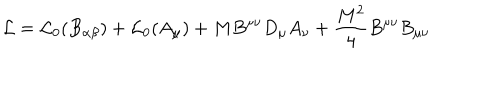
{ \cal L } = { \cal L } _ { 0 } ( B _ { \alpha \beta } ) + { \cal L } _ { 0 } ( A _ { \mu } ) + M B ^ { \mu \nu } D _ { \mu } A _ { \nu } + \frac { M ^ { 2 } } { 4 } B ^ { \mu \nu } B _ { \mu \nu }